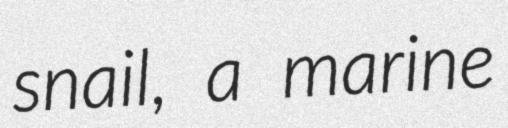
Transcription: snail, a marine